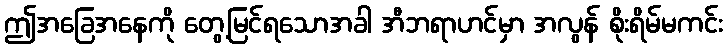
ဤအခြေအနေကို တွေ့မြင်ရသောအခါ အီဘရာဟင်မှာ အလွန် စိုးရိမ်မကင်း